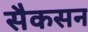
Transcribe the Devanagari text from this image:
सैकसन